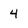
Character: 4